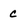
Character: c